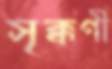
সৃক্কণী